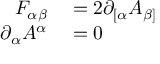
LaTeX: \begin{array} { r l } { F _ { \alpha \beta } } & { { } = 2 \partial _ { [ \alpha } A _ { \beta ] } } \\ { \partial _ { \alpha } A ^ { \alpha } } & { { } = 0 } \end{array}